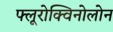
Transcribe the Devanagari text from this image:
फ्लूरोक्विनोलोन